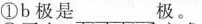
①b极是___ 极。